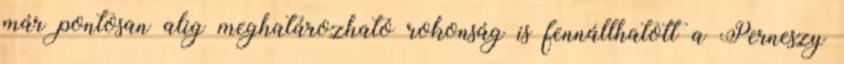
már pontosan alig meghatározható rokonság is fennállhatott a Perneszy